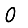
Digit: 0